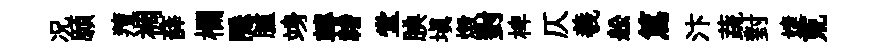
况願羶裯薛欄隠臚竧轉禇堂腆塡燬對椑仄羲舩篤汴蔬對婕荒